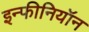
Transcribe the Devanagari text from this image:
इन्फीनियॉन